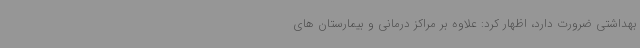
بهداشتی ضرورت دارد، اظهار کرد: علاوه بر مراکز درمانی و بیمارستان های